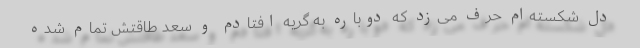
دل شکسته‌ام حرف می‌زد که دوباره به گریه افتادم و سعد طاقتش تمام شده